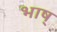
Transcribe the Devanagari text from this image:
भाष्